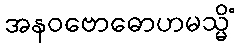
အနဝဗောဓောဟမသ္မိံ